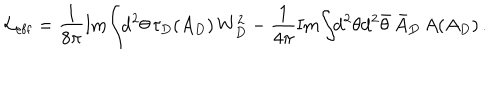
{ \cal L } _ { \mathrm { e f f } } = \frac { 1 } { 8 \pi } \mathrm { I m } \! \int \! \! \mathrm { d } ^ { 2 } \theta \, \tau _ { D } ( A _ { D } ) \, W _ { D } ^ { 2 } - \frac { 1 } { 4 \pi } \mathrm { I m } \! \int \! \! \mathrm { d } ^ { 2 } \theta \mathrm { d } ^ { 2 } \bar { \theta } \, \bar { A } _ { D } \, A ( A _ { D } ) \, .